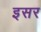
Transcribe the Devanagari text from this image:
इसर